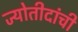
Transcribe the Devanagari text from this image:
ज्योतीदांची